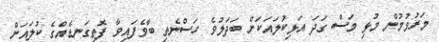
މަރުވުމުން މުޅި މަސް ގަދަ އަޅިކުލައަކަށް ބަދަލުވެ ހަސްނެތި ބާވެފައިވާ ފޮތިގަނޑެއްގެ ކުލައަށް